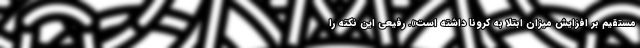
مستقیم بر افزایش میزان ابتلا به کرونا داشته است». رفیعی این نکته را